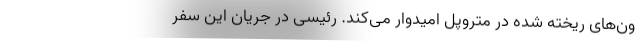
ون‌های ریخته شده در متروپل امیدوار می‌کند. رئیسی در جریان این سفر